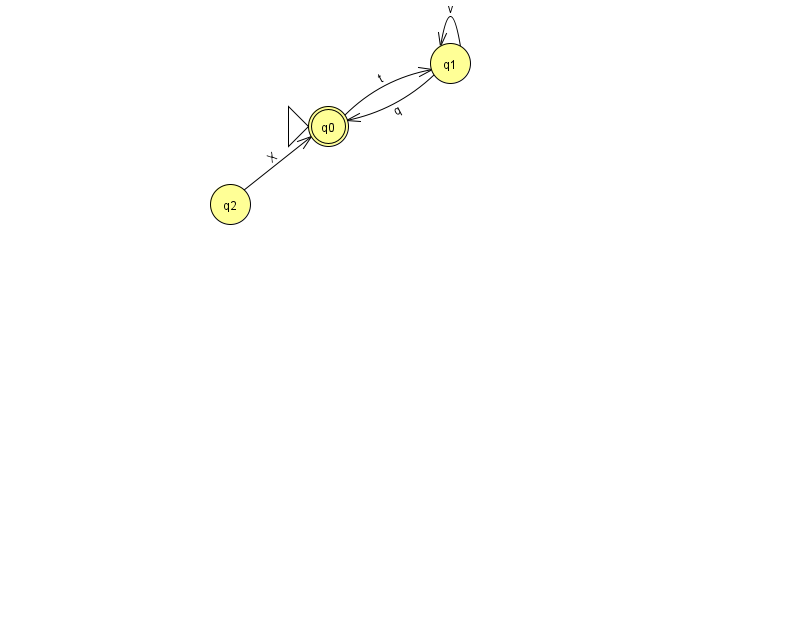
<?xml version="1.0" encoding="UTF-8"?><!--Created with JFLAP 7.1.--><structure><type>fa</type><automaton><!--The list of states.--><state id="0" name="q0"><x>328.0</x><y>113.0</y><initial/><final/></state><state id="1" name="q1"><x>450.0</x><y>50.0</y></state><state id="2" name="q2"><x>230.0</x><y>191.0</y></state><!--The list of transitions.--><transition><from>0</from><to>1</to><read>t</read></transition><transition><from>2</from><to>0</to><read>X</read></transition><transition><from>1</from><to>0</to><read>q</read></transition><transition><from>1</from><to>1</to><read>v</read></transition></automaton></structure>